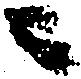
ニ